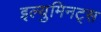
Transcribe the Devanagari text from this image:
इल्युमिनट्स